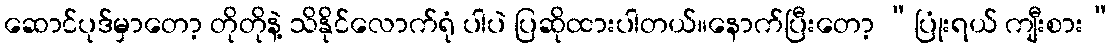
ဆောင်ပုဒ်မှာတော့ တိုတိုနဲ့ သိနိုင်လောက်ရုံ ပါပဲ ပြဆိုထားပါတယ်။နောက်ပြီးတော့ “ပြုံးရယ် ကျီးစား”